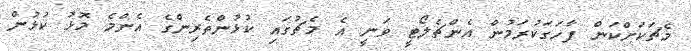
މެޗަކަށްކަން ފާހަގަކުރަމުން އެންޗެލޯޓީ ވަނީ އެ މެޗުގައި ކުޅުންތެރިންގެ އެންމެ މޮޅު ކުޅުން